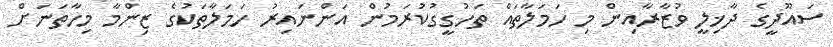
ސައޫދީގެ ދާޚިލީ ވުޒާރާއިން މި ހަމަލާތައް ތަހުގީގުކުރަމުން އަންނައިރު ހަމަލާތަކުގެ ޒިންމާ މިހާތަނަށް